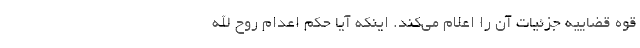
قوه قضاییه جزئیات آن را اعلام می‌کند. اینکه آیا حکم اعدام روح الله